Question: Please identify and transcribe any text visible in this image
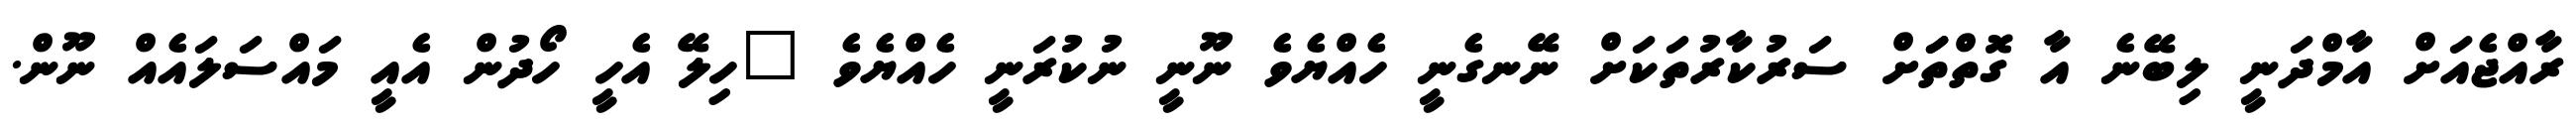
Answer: ރާއްޖެއަށް އާމްދަނީ ލިބޭނެ އާ ގޮތްތަަށް ސަރުކާރުތަކަށް ނޭނގެނީ ހެއްޔެވެ ނޫނީ ނުކުރަނީ ހެއްޔެވެ "ހިލޭ އެހީ ހޯދުން އެއީ މައްސަލައެއް ނޫން.